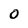
Character: 0